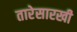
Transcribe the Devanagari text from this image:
तारेसारखी